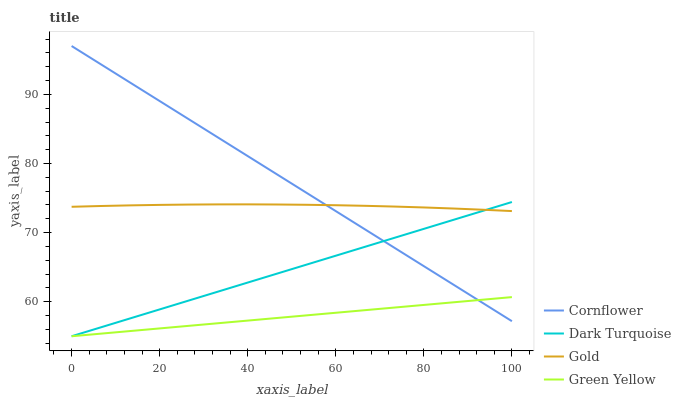
| xaxis_label | Cornflower | Dark Turquoise | Gold | Green Yellow |
 | --- | --- | --- | --- | --- |
 | 0 | 97 | 55 | 73.7 | 55 |
 | 6.67 | 94.3 | 56.3 | 73.8 | 55.4 |
 | 13.3 | 91.7 | 57.6 | 73.9 | 55.8 |
 | 20 | 89 | 58.9 | 74 | 56.1 |
 | 26.7 | 86.4 | 60.2 | 74.1 | 56.5 |
 | 33.3 | 83.7 | 61.5 | 74.1 | 56.9 |
 | 40 | 81.1 | 62.8 | 74.1 | 57.3 |
 | 46.7 | 78.4 | 64.1 | 74.1 | 57.6 |
 | 53.3 | 75.8 | 65.4 | 74 | 58 |
 | 60 | 73.1 | 66.7 | 74 | 58.4 |
 | 66.7 | 70.5 | 67.9 | 73.9 | 58.8 |
 | 73.3 | 67.8 | 69.2 | 73.8 | 59.2 |
 | 80 | 65.1 | 70.5 | 73.6 | 59.5 |
 | 86.7 | 62.5 | 71.8 | 73.5 | 59.9 |
 | 93.3 | 59.8 | 73.1 | 73.3 | 60.3 |
 | 100 | 57.2 | 74.4 | 73.1 | 60.7 |